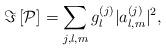
LaTeX: \begin{align*}\Im\left[ \mathcal{P}\right] =\sum_{j,l,m}g_{l}^{\left( j\right) }|a_{l,m}^{(j)}|^{2}, \end{align*}